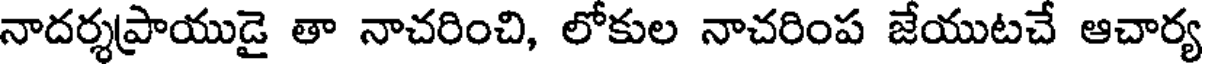
నాదర్శప్రాయుడై తా నాచరించి, లోకుల నాచరింప జేయుటచే ఆచార్య